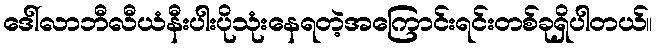
ဒေါ်လာဘီလီယံနီးပါးပိုသုံးနေရတဲ့အကြောင်းရင်းတစ်ခုရှိပါတယ်။